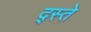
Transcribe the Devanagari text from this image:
द्स्ते